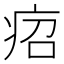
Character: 𤵪